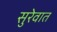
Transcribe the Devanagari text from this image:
सुरेवात